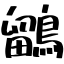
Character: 鶹